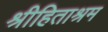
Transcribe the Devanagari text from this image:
श्रीहिताश्रम